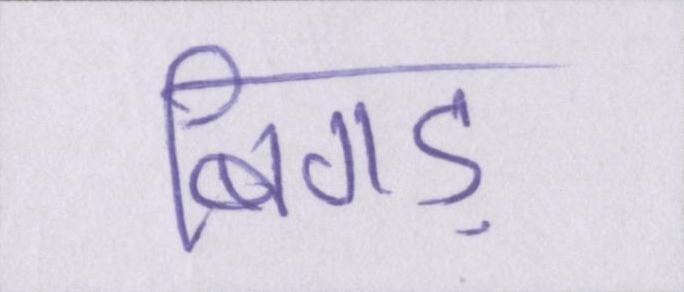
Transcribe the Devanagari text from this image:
बिगड़